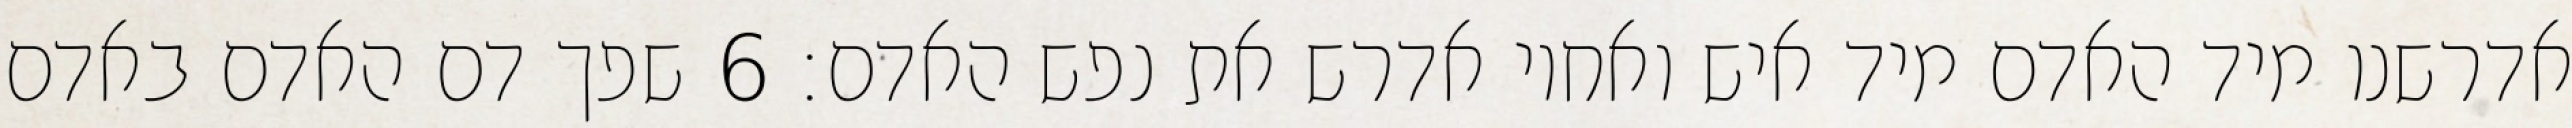
אדרשנו מיד האדם מיד איש ואחיו אדרש את נפש האדם׃ ‎6‏ שפך דם האדם באדם